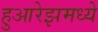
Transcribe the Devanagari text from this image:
हुआरेझमध्ये